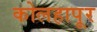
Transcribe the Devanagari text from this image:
कोलहापूर